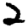
Digit: 2